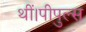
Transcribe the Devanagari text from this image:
थीं।पीपुल्स